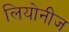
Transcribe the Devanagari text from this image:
लियोनीज